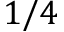
1 / 4